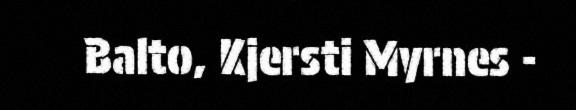
Balto, Kjersti Myrnes -